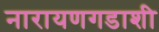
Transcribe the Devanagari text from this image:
नारायणगडाशी